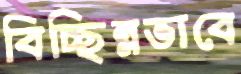
বিচ্ছিন্নভাবে